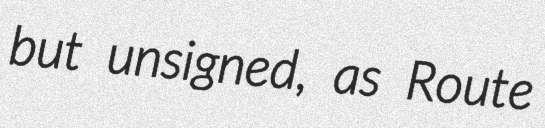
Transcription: but unsigned, as Route